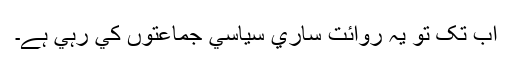
اب تک تو يہ روائت ساري سياسي جماعتوں کي رہي ہے۔